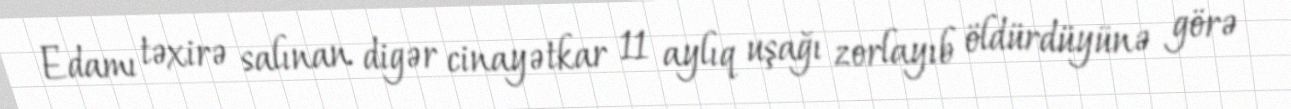
Edamı təxirə salınan digər cinayətkar 11 aylıq uşağı zorlayıb öldürdüyünə görə